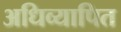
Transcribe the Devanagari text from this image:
अधिव्यापित